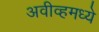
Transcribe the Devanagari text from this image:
अवीव्हमध्ये